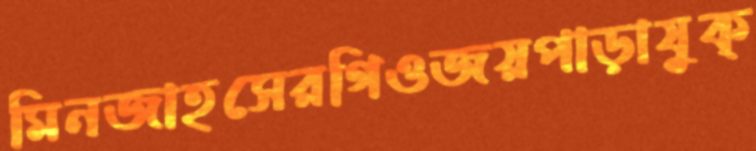
মিনজাহসেরগিওজয়পাড়াযুক্